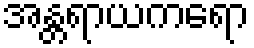
အန္တရာယကရော